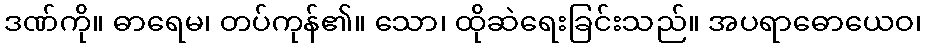
ဒဏ်ကို။ ဓာရေမ၊ တပ်ကုန်၏။ သော၊ ထိုဆဲရေးခြင်းသည်။ အပရာဓောယေဝ၊